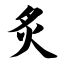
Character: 炙